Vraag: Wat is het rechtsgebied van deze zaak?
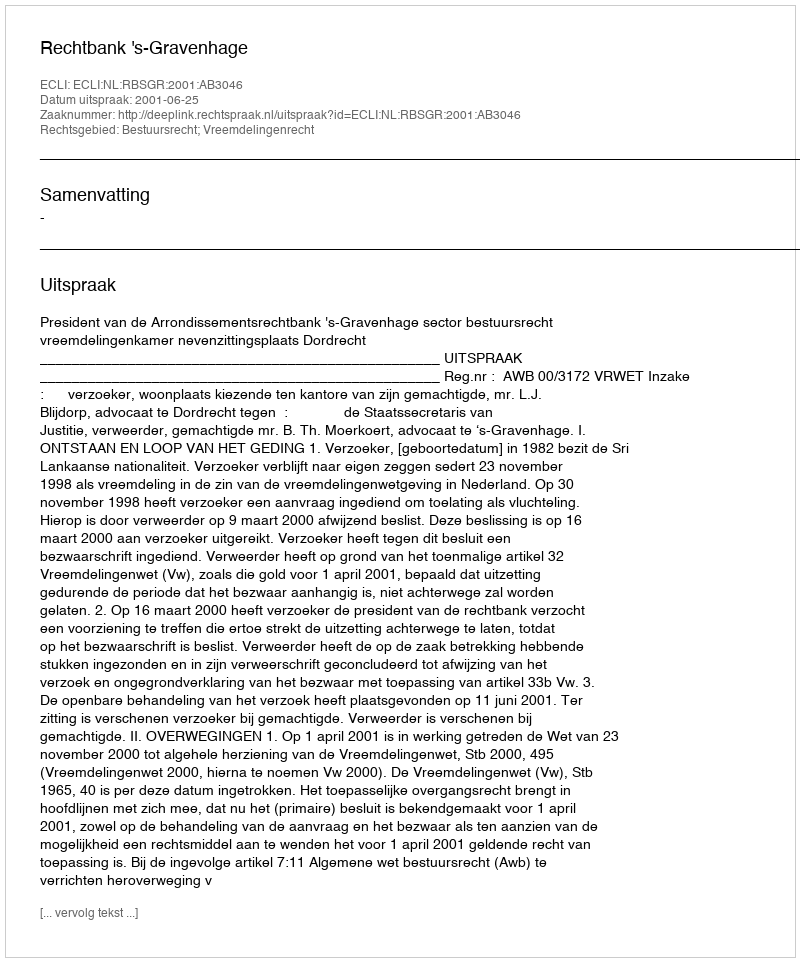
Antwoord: Bestuursrecht; Vreemdelingenrecht